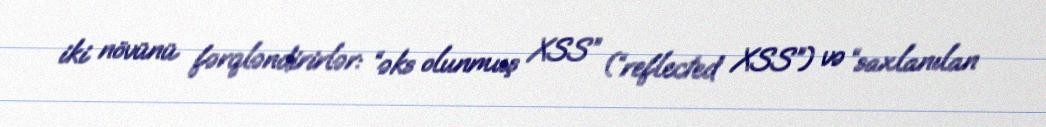
iki növünü fərqləndirirlər: “əks olunmuş XSS” (“reflected XSS”) və “saxlanılan